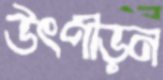
উৎপীড়ন